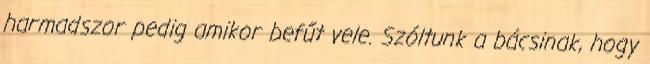
harmadszor pedig amikor befűt vele. Szóltunk a bácsinak, hogy